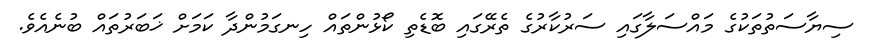
ސިޔާސަތުތަކުގެ މައްސަލާގައި ސަރުކާރުގެ ތެރޭގައި ބޮޑެތި ކޯޅުންތައް ހިނގަމުންދާ ކަމަށް ޚަބަރުތައް ބުނެއެވެ.